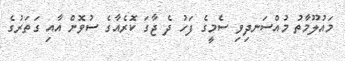
މައުލޫމާތު މުއްސަނދިވި ސެމީގެ ފަހު ދެ ޖާގަ ކޮރެއާގެ ސުވޮން އާއި ގަތަރުގެ